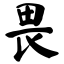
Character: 畏